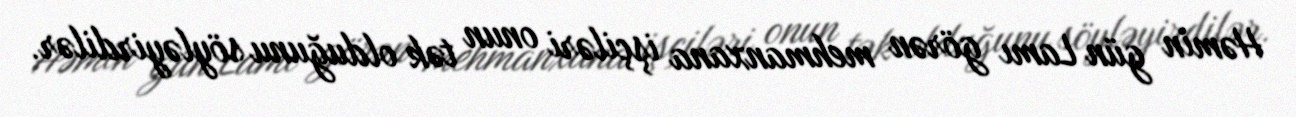
Həmin gün Lamı görən mehmanxana işçiləri onun tək olduğunu söyləyirdilər.